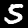
Label: 5